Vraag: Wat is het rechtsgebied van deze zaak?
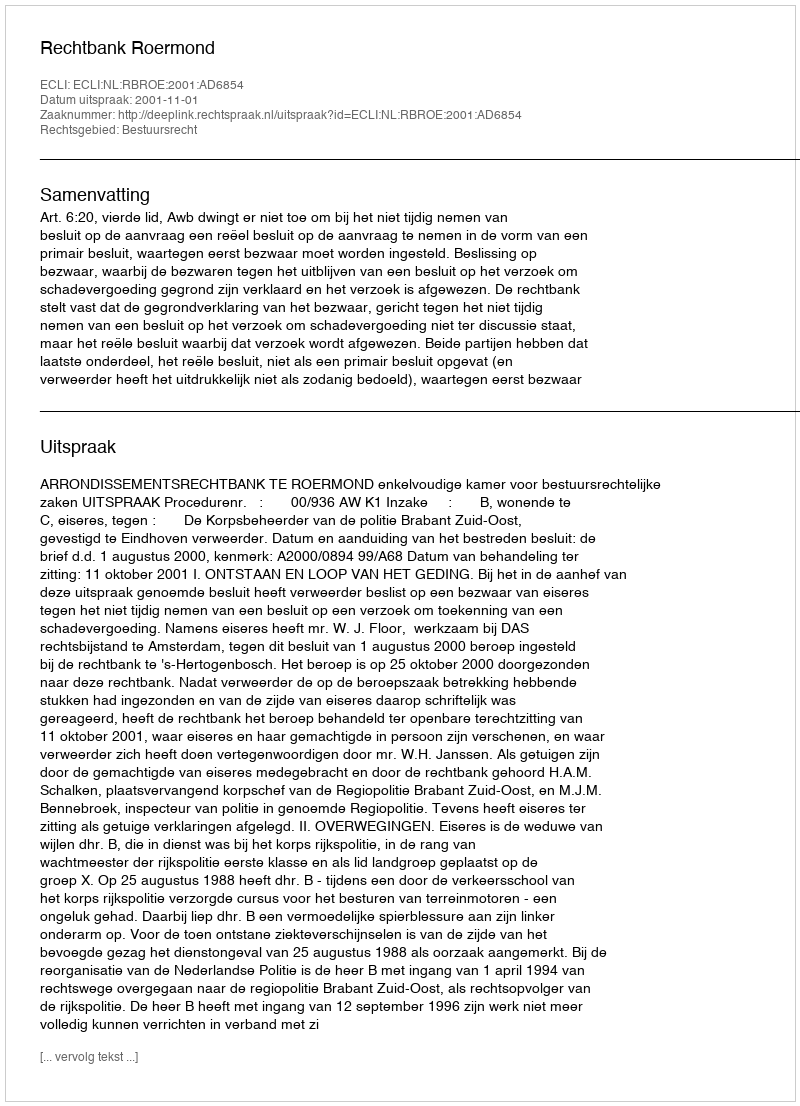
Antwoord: Bestuursrecht